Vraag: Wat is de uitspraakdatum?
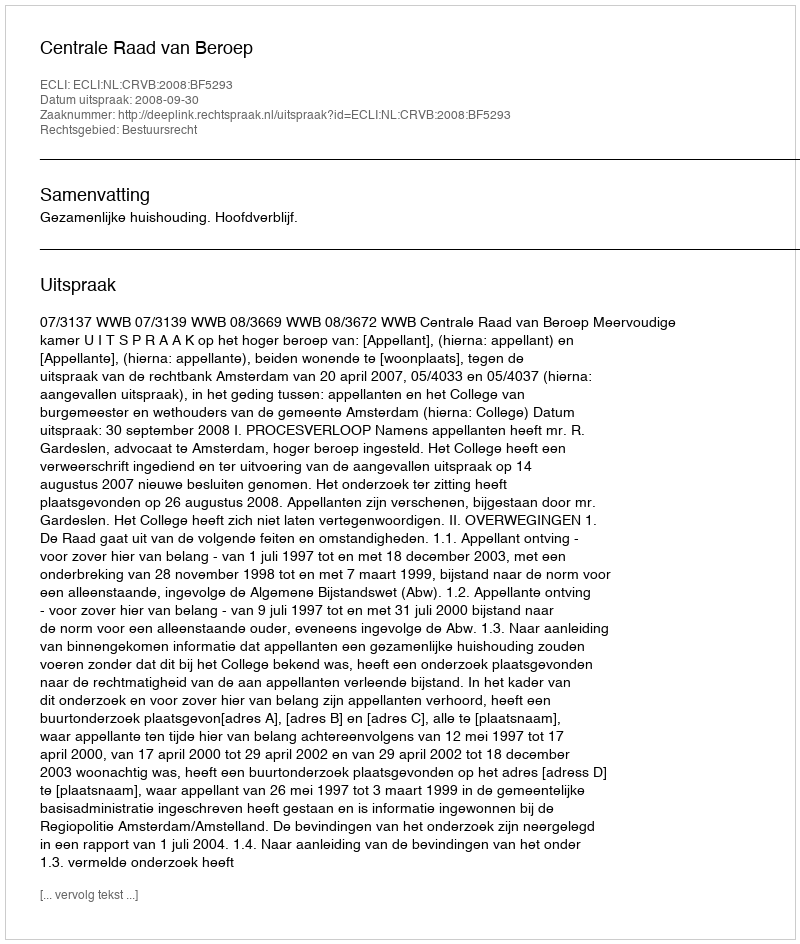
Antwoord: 2008-09-30